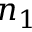
n _ { 1 }